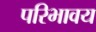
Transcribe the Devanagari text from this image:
परिभावय